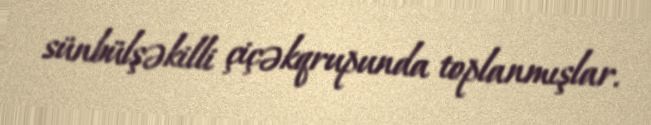
sünbülşəkilli çiçəkqrupunda toplanmışlar.